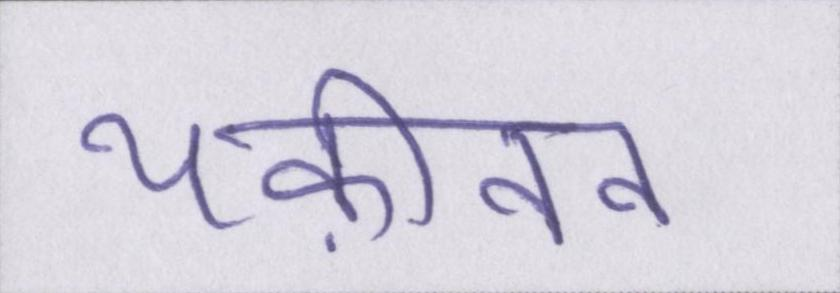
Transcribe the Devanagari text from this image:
यक़ीनन